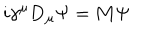
LaTeX: i \gamma ^ { \mu } { \bf D } _ { \mu } \Psi = { \bf M } \Psi